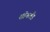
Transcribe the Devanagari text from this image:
शॉनलैंड